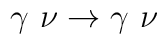
\gamma \, \, \nu \rightarrow \gamma \, \, \nu \, \,